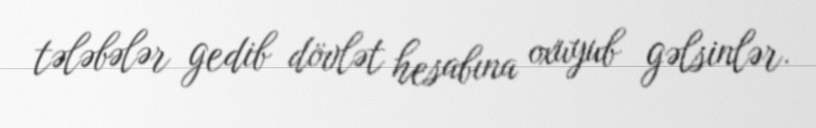
tələbələr gedib dövlət hesabına oxuyub gəlsinlər.